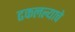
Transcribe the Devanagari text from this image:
ढकलल्याचे